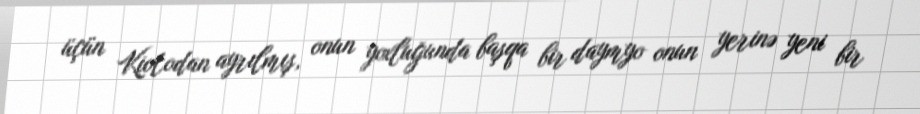
üçün Kiotodan ayrılmış, onun yoxluğunda başqa bir daymyo onun yerinə yeni bir